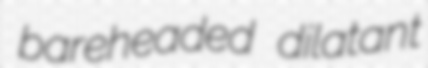
bareheaded dilatant